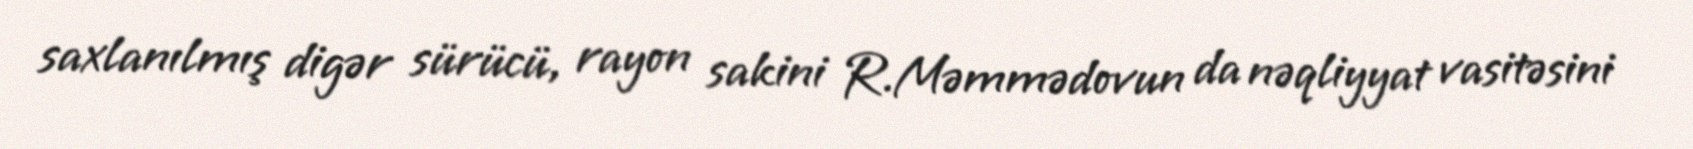
saxlanılmış digər sürücü, rayon sakini R.Məmmədovun da nəqliyyat vasitəsini